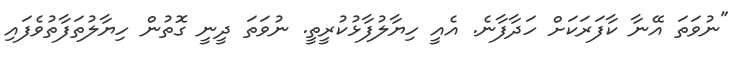
"ނުވަތަ އޭނާ ކާފަރަކަށް ހަދާފާނެ. އެއީ ހިޔާލުފާޅުކުރީތީ. ނުވަތަ ދީނީ ގޮތުން ހިޔާލުތަފާތުވެފައި